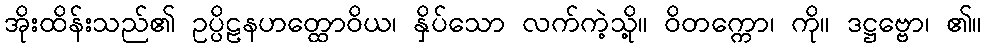
အိုးထိန်းသည်၏ ဥပ္ပိဠနဟတ္ထောဝိယ၊ နှိပ်သော လက်ကဲ့သို့။ ဝိတက္ကော၊ ကို။ ဒဋ္ဌဗ္ဗော၊ ၏။